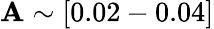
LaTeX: \mathbf{A}\sim[0.02-0.04]